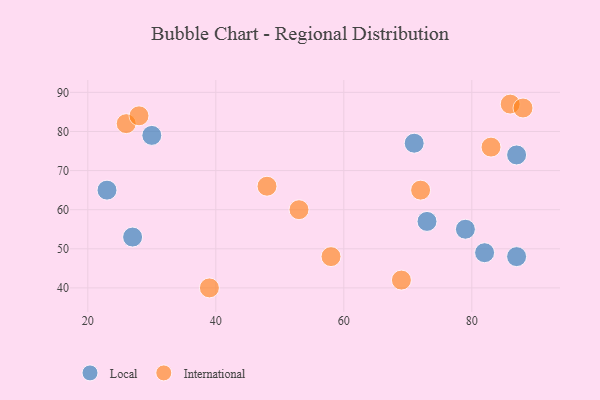
{"axis": {"x": "GDP", "y": "Life Expectancy"}, "legend": ["International", "Local"], "data": [{"x": "30", "y": 79, "type": "Local"}, {"x": "87", "y": 48, "type": "Local"}, {"x": "82", "y": 49, "type": "Local"}, {"x": "87", "y": 74, "type": "Local"}, {"x": "73", "y": 57, "type": "Local"}, {"x": "27", "y": 53, "type": "Local"}, {"x": "79", "y": 55, "type": "Local"}, {"x": "23", "y": 65, "type": "Local"}, {"x": "71", "y": 77, "type": "Local"}, {"x": "86", "y": 87, "type": "International"}, {"x": "48", "y": 66, "type": "International"}, {"x": "69", "y": 42, "type": "International"}, {"x": "88", "y": 86, "type": "International"}, {"x": "72", "y": 65, "type": "International"}, {"x": "26", "y": 82, "type": "International"}, {"x": "28", "y": 84, "type": "International"}, {"x": "83", "y": 76, "type": "International"}, {"x": "58", "y": 48, "type": "International"}, {"x": "39", "y": 40, "type": "International"}, {"x": "53", "y": 60, "type": "International"}]}